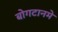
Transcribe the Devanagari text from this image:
बोगटानमे